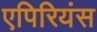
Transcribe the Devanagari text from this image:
एपिरियंस